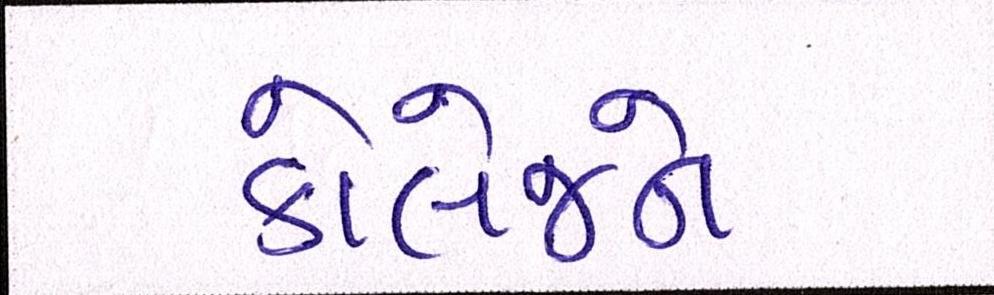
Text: કોલેજને